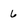
Character: 6